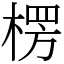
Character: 楞